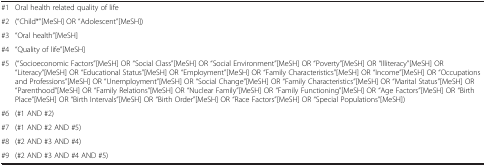
<table><thead><tr><td colspan="2"><b> </b></td></tr></thead><tbody><tr><td>#1</td><td>Oral health related quality of life</td></tr><tr><td>#2</td><td>(“Child*”[MeSH] OR “Adolescent”[MeSH])</td></tr><tr><td>#3</td><td>“Oral health”[MeSH]</td></tr><tr><td>#4</td><td>“Quality of life”[MeSH]</td></tr><tr><td>#5</td><td>(“Socioeconomic Factors”[MeSH] OR “Social Class”[MeSH] OR “Social Environment”[MeSH] OR “Poverty”[MeSH] OR “Illiteracy”[MeSH] OR “Literacy”[MeSH] OR “Educational Status”[MeSH] OR “Employment”[MeSH] OR “Family Characteristics”[MeSH] OR “Income”[MeSH] OR “Occupations and Professions”[MeSH] OR “Unemployment”[MeSH] OR “Social Change”[MeSH] OR “Family Characteristics”[MeSH] OR “Marital Status”[MeSH] OR “Parenthood”[MeSH] OR “Family Relations”[MeSH] OR “Nuclear Family”[MeSH] OR “Family Functioning”[MeSH] OR “Age Factors”[MeSH] OR “Birth Place”[MeSH] OR “Birth Intervals”[MeSH] OR “Birth Order”[MeSH] OR “Race Factors”[MeSH] OR “Special Populations”[MeSH])</td></tr><tr><td>#6</td><td>(#1 AND #2)</td></tr><tr><td>#7</td><td>(#1 AND #2 AND #5)</td></tr><tr><td>#8</td><td>(#2 AND #3 AND #4)</td></tr><tr><td>#9</td><td>(#2 AND #3 AND #4 AND #5)</td></tr></tbody></table>